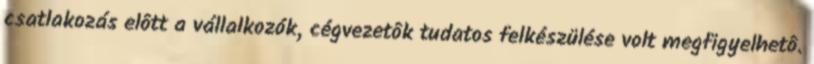
csatlakozás elôtt a vállalkozók, cégvezetôk tudatos felkészülése volt megfigyelhetô.